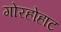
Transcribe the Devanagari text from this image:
गोरहोहाट